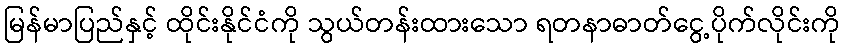
မြန်မာပြည်နှင့် ထိုင်းနိုင်ငံကို သွယ်တန်းထားသော ရတနာဓာတ်ငွေ့ပိုက်လိုင်းကို